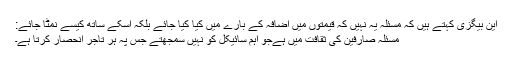
این بیگزی کہتے ہیں کہ مسئلہ یہ نہیں کہ قیمتوں میں اضافہ کے بارے میں کیا کیا جائے بلکہ اسکے ساتھ کیسے نمٹا جائے:
مسئلہ صارفین کی ثقافت میں ہےجو اہم سائیکل کو نہیں سمجھتے جس پہ ہر تاجر انحصار کرتا ہے۔